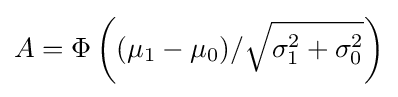
A=\Phi \left((\mu _{1}-\mu _{0})/{\sqrt {\sigma _{1}^{2}+\sigma _{0}^{2}}}\right)